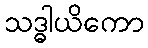
သဒ္ဓါယိကော